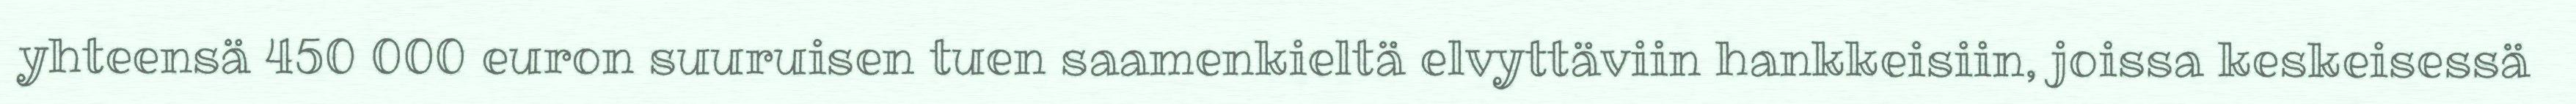
yhteensä 450 000 euron suuruisen tuen saamenkieltä elvyttäviin hankkeisiin, joissa keskeisessä